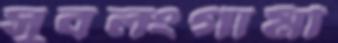
সুবলংগামী